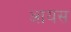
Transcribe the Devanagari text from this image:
आयस